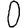
Digit: 0